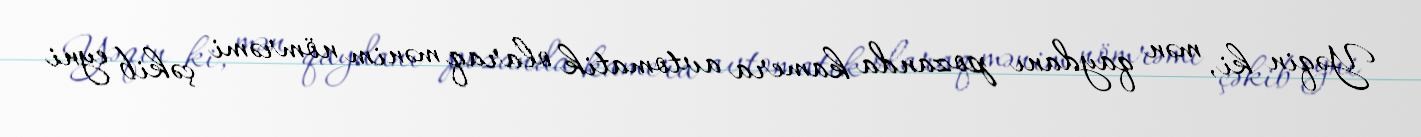
Yəqin ki, mən qaydanı pozanda kamera avtomatik olaraq mənim nömrəmi çəkib eyni